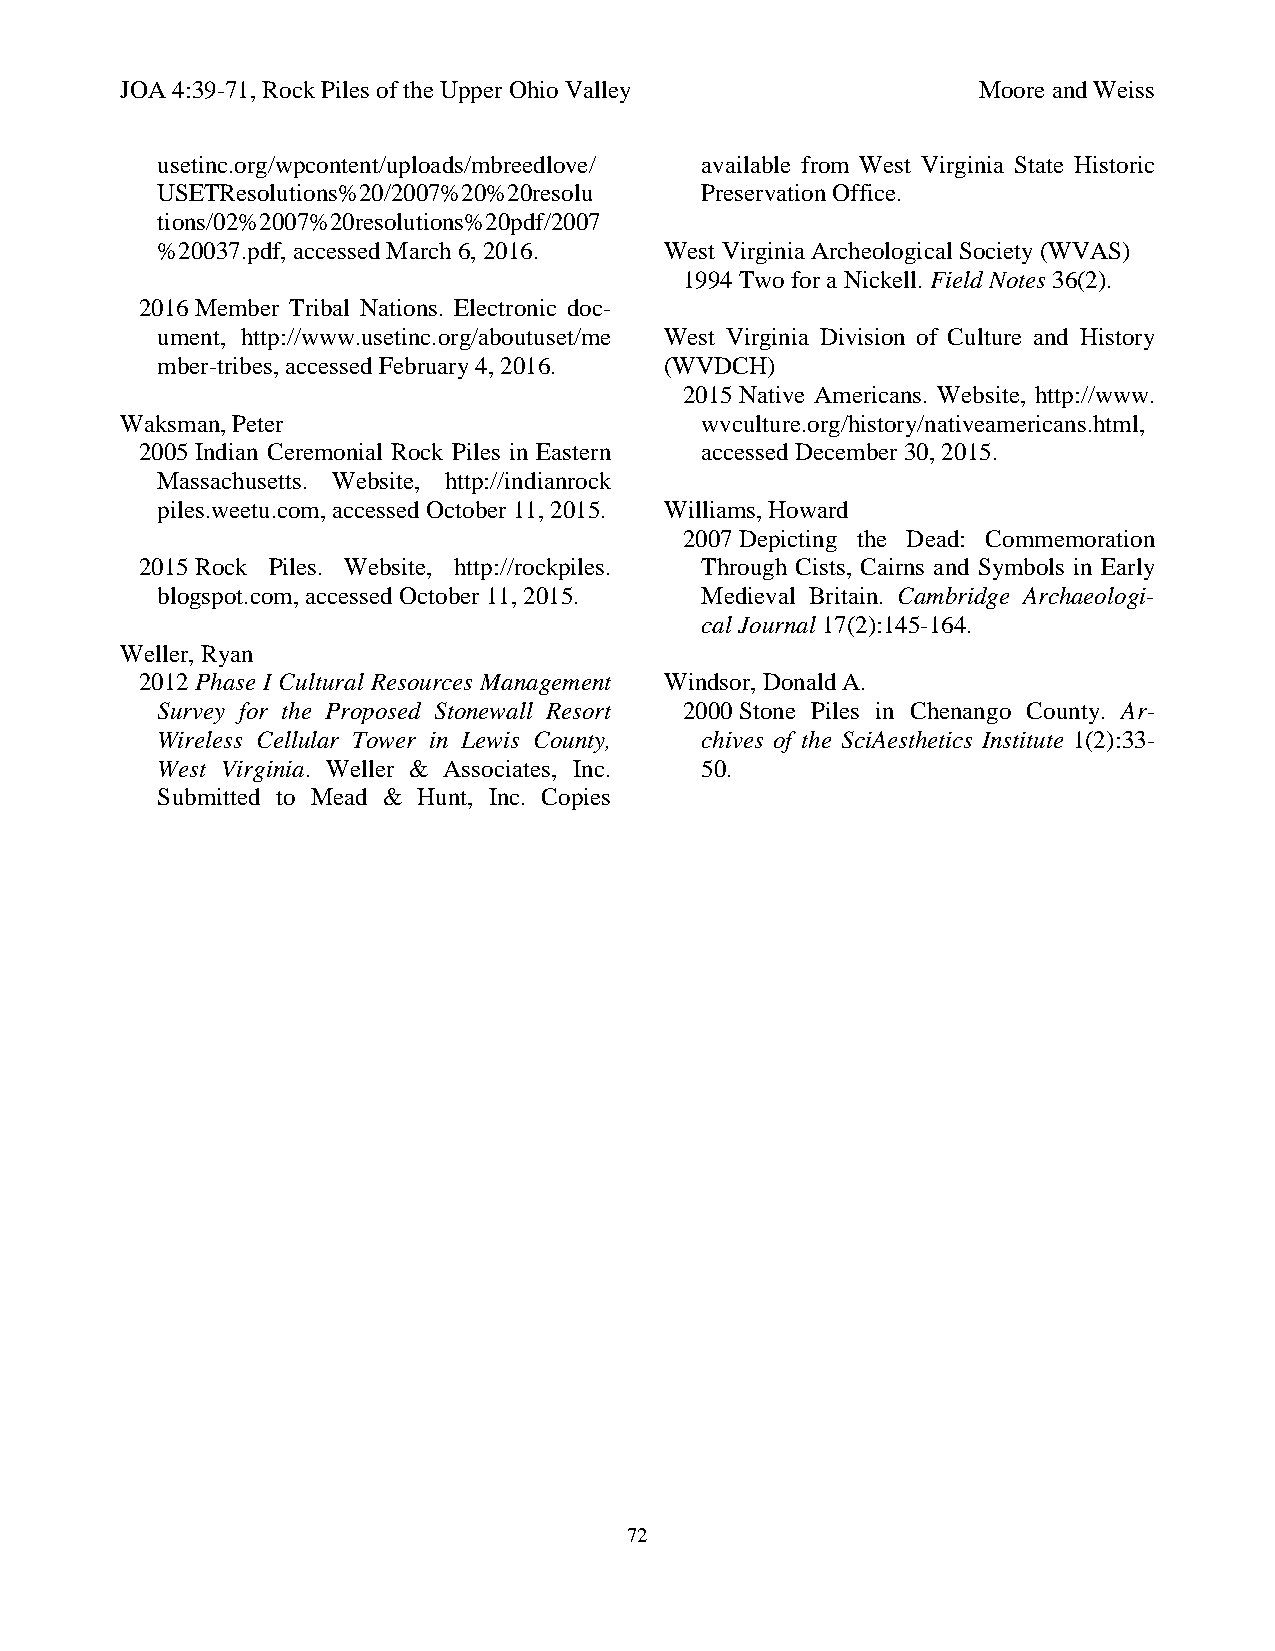
JOA 4:39-71, Rock Piles of the Upper Ohio Valley         Moore and Weiss
 usetinc.org/wpcontent/uploads/mbreedlove/ available from West Virginia State Historic
 USETResolutions%20/2007%20%20resolu Preservation Office.
 tions/02%2007%20resolutions%20pdf/2007
 %20037.pdf, accessed March 6, 2016. West Virginia Archeological Society (WVAS)
 1994 Two for a Nickell. Field Notes 36(2).
 2016 Member Tribal Nations. Electronic doc-
 ument, http://www.usetinc.org/aboutuset/me West Virginia Division of Culture and History
 mber-tribes, accessed February 4, 2016. (WVDCH)
 2015 Native Americans. Website, http://www.
 Waksman, Peter                        wvculture.org/history/nativeamericans.html,
 2005 Indian Ceremonial Rock Piles in Eastern accessed December 30, 2015.
 Massachusetts. Website, http://indianrock
 piles.weetu.com, accessed October 11, 2015. Williams, Howard
 2007 Depicting the Dead: Commemoration
 2015 Rock Piles. Website, http://rockpiles. Through Cists, Cairns and Symbols in Early
 blogspot.com, accessed October 11, 2015. Medieval Britain. Cambridge Archaeologi-
 cal Journal 17(2):145-164.
 Weller, Ryan
 2012 Phase I Cultural Resources Management Windsor, Donald A.
 Survey for the Proposed Stonewall Resort 2000 Stone Piles in Chenango County. Ar-
 Wireless Cellular Tower in Lewis County, chives of the SciAesthetics Institute 1(2):33-
 West Virginia. Weller & Associates, Inc. 50.
 Submitted to Mead & Hunt, Inc. Copies
 72